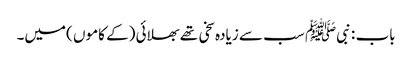
باب : نبیﷺ سب سے زیادہ سخی تھے بھلائی (کے کاموں )میں۔